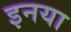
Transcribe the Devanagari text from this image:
इनया